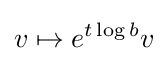
v\mapsto e^{t\log b}v